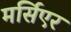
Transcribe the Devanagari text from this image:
मर्सिएर